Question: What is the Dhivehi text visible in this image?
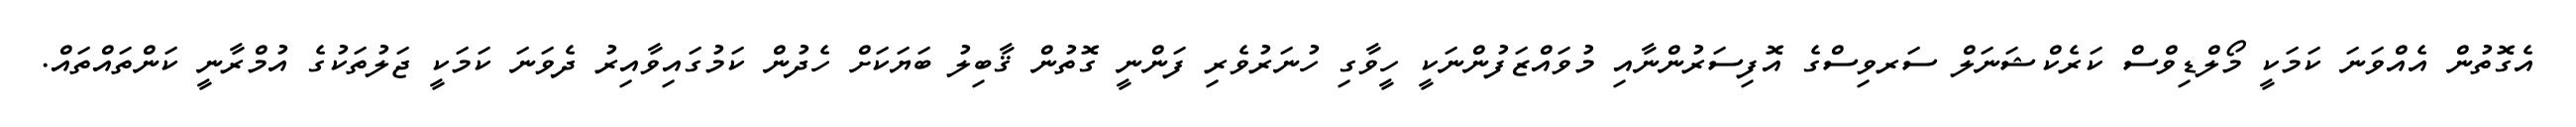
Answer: އެގޮތުން އެއްވަނަ ކަމަކީ މޯލްޑިވްސް ކަރެކްޝަނަލް ސަރވިސްގެ އޮފިސަރުންނާއި މުވައްޒަފުންނަކީ ހީވާގި ހުނަރުވެރި ފަންނީ ގޮތުން ޤާބިލު ބަޔަކަށް ހެދުން ކަމުގައިވާއިރު ދެވަނަ ކަމަކީ ޖަލުތަކުގެ އުމްރާނީ ކަންތައްތައް.